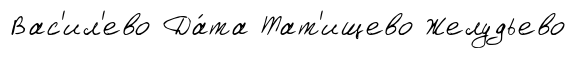
Вас'ил'ево Да́та Тат'ищево Желудьево